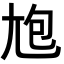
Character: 𡯡